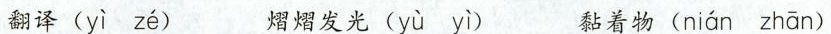
翻译( yì zé ) 熠熠发光( 黏着物( nián zhān )